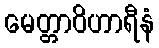
မေတ္တာဝိဟာရီနံ